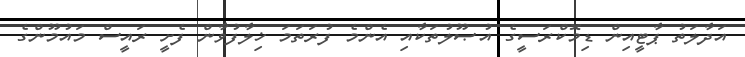
އަދާލަތު ޕާޓީއިން ޑިމޮކްރަސީގެ އުޞޫލުތަކާއި އެންމެ ފުރަތަމަ ޚިލާފުވާން ފެށީ ރައީސް މައުމޫންގެ